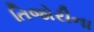
તિજોરીના